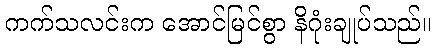
ကက်သလင်းက အောင်မြင်စွာ နိဂုံးချုပ်သည်။